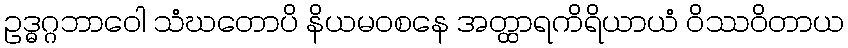
ဥဒ္ဓဂ္ဂဘာဝေါ သံဃတောပိ နိယမဝစနေ အတ္ထာရကိရိယာယံ ဝိဿဝိတာယ